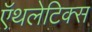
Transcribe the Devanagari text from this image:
ऍथलेटिक्स